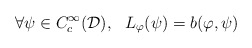
\begin{align*}\forall \psi \in C_c^{\infty}(\mathcal{D}), \ \ L_{\varphi}(\psi) = b(\varphi,\psi)\end{align*}